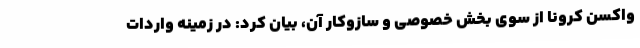
واکسن کرونا از سوی بخش خصوصی و سازوکار آن، بیان کرد: در زمینه واردات